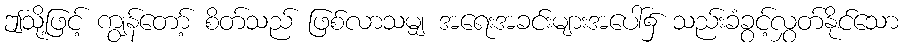
ဤသို့ဖြင့် ကျွန်တော့် စိတ်သည် ဖြစ်လာသမျှ အရေးအခင်းများအပေါ်၌ သည်းခံခွင့်လွှတ်နိုင်သော